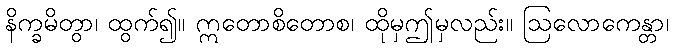
နိက္ခမိတွာ၊ ထွက်၍။ ဣတောစိတောစ၊ ထိုမှဤမှလည်း။ ဩလောကေန္တာ၊